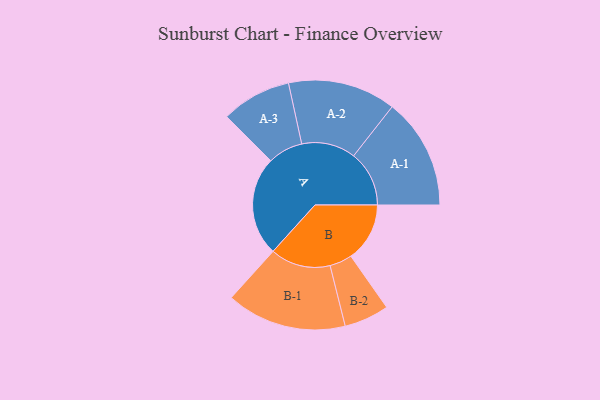
{"axis": {"x": "Segment", "y": "Value"}, "legend": ["", "A", "B"], "data": [{"x": "A", "y": 451, "type": ""}, {"x": "B", "y": 267, "type": ""}, {"x": "A-1", "y": 252, "type": "A"}, {"x": "A-2", "y": 245, "type": "A"}, {"x": "A-3", "y": 159, "type": "A"}, {"x": "B-1", "y": 273, "type": "B"}, {"x": "B-2", "y": 102, "type": "B"}]}